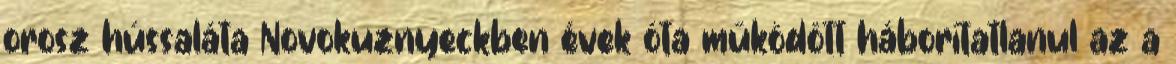
orosz hússaláta Novokuznyeckben évek óta működött háborítatlanul az a